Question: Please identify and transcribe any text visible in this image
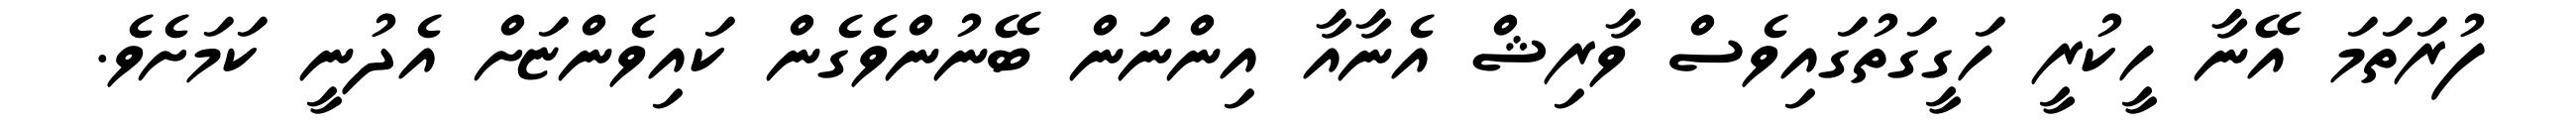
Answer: ފުރަތަމަ އޭނާ ހީކުރީ ހަގީގަތުގައިވެސް ވާރިޝް އެނާއާ އިންނަން ބޭނުންވެގެން ކައިވެންޏަށް އެދުނީ ކަމަށެވެ.